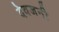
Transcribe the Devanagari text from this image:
देवजनी